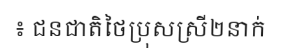
៖ ជនជាតិថៃប្រុសស្រី២នាក់